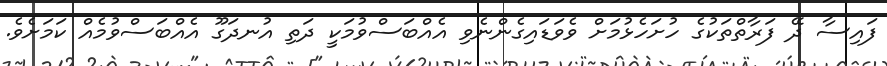
ފައިސާ ދޭ ފަރާތްތަކުގެ ހުށަހެޅުމަށް ވެވަޑައިގެންނެވި އެއްބަސްވުމަކީ ދަތި އުނދަގޫ އެއްބަސްވުމެއް ކަމަށެވެ.